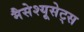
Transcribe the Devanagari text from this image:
मैसेश्यूसेट्स